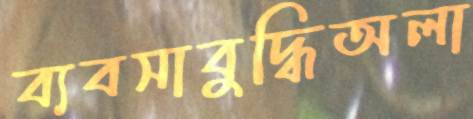
ব্যবসাবুদ্ধিঅলা